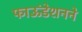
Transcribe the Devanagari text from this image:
फाऊंडेशनने